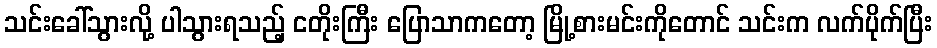
သင်းခေါ်သွားလို့ ပါသွားရသည့် ငတိုးကြီး ပြောသာကတော့ မြို့စားမင်းကိုတောင် သင်းက လက်ပိုက်ပြီး